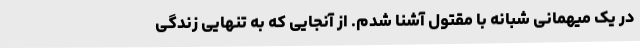
در یک میهمانی شبانه با مقتول آشنا شدم. از آنجایی که به تنهایی زندگی